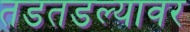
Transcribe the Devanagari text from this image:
तडतडल्यावर